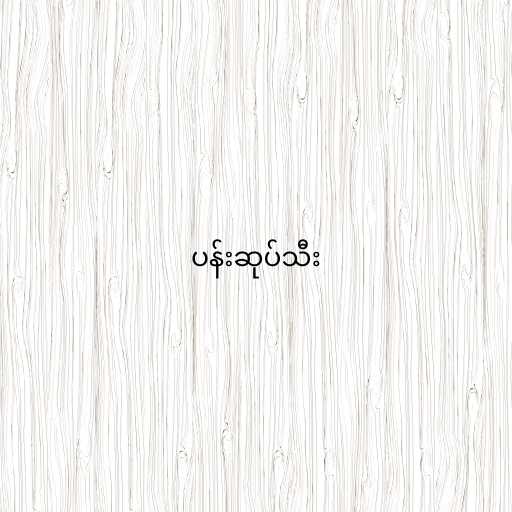
ပန်းဆုပ်သီး